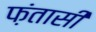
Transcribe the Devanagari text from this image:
फ़ंतासी